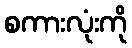
စကားလုံးကို